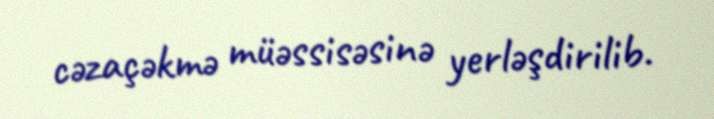
cəzaçəkmə müəssisəsinə yerləşdirilib.